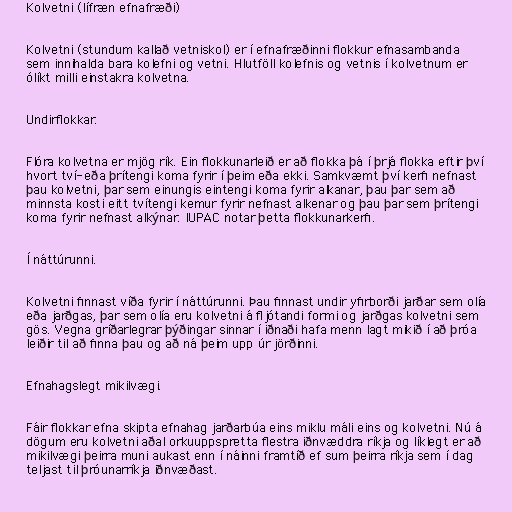
Kolvetni (lífræn efnafræði)

Kolvetni (stundum kallað vetniskol) er í efnafræðinni flokkur efnasambanda
sem innihalda bara kolefni og vetni. Hlutföll kolefnis og vetnis í kolvetnum er
ólíkt milli einstakra kolvetna.

Undirflokkar.

Flóra kolvetna er mjög rík. Ein flokkunarleið er að flokka þá í þrjá flokka eftir því
hvort tví- eða þrítengi koma fyrir í þeim eða ekki. Samkvæmt því kerfi nefnast
þau kolvetni, þar sem einungis eintengi koma fyrir alkanar, þau þar sem að
minnsta kosti eitt tvítengi kemur fyrir nefnast alkenar og þau þar sem þrítengi
koma fyrir nefnast alkýnar. IUPAC notar þetta flokkunarkerfi.

Í náttúrunni.

Kolvetni finnast víða fyrir í náttúrunni. Þau finnast undir yfirborði jarðar sem olía
eða jarðgas, þar sem olía eru kolvetni á fljótandi formi og jarðgas kolvetni sem
gös. Vegna gríðarlegrar þýðingar sinnar í iðnaði hafa menn lagt mikið í að þróa
leiðir til að finna þau og að ná þeim upp úr jörðinni.

Efnahagslegt mikilvægi.

Fáir flokkar efna skipta efnahag jarðarbúa eins miklu máli eins og kolvetni. Nú á
dögum eru kolvetni aðal orkuuppspretta flestra iðnvæddra ríkja og líklegt er að
mikilvægi þeirra muni aukast enn í náinni framtíð ef sum þeirra ríkja sem í dag
teljast til þróunarríkja iðnvæðast.